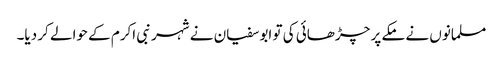
مسلمانوں نے مکے پر چڑھائی کی تو ابوسفیان نے شہر نبی اکرم کے حوالے کر دیا۔